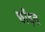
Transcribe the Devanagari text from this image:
छाँड़त